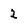
Character: 2